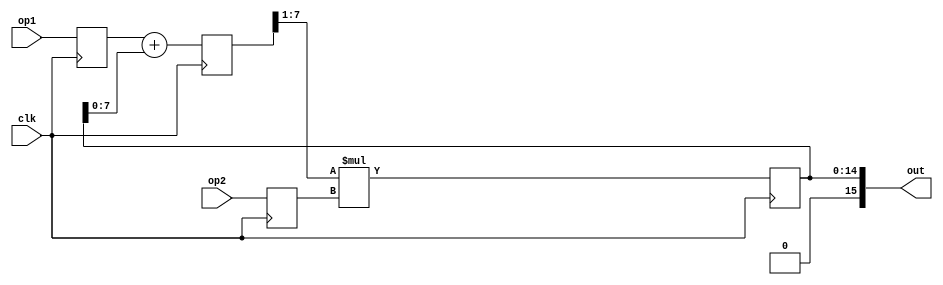
`timescale 1ns/10ps

module pipeline (clk, op1, op2, out);
    input clk;
    input [7:0] op1, op2;
    output [15:0] out;

    wire [15:0] out;    /* DO NOT change it to reg type */
    reg [7:0] Reg_A = 0;  /* set initial value of all registers to 0 */
    reg [7:0] Reg_B = 0;
    reg [7:0] Reg_C = 0;
    reg [15:0] Reg_D = 0;

    /* all registers are positive edge triggered */
    assign out = Reg_D;
    always @(posedge clk) begin
        Reg_A <= op1;
        Reg_B <= op2;
        Reg_C <= Reg_A + Reg_D[7:0];
        Reg_D <= (Reg_C >> 1) * Reg_B;
    end
endmodule